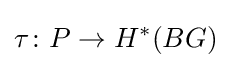
\tau \colon P\to H^{*}(BG)